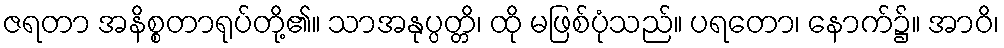
ဇရတာ အနိစ္စတာရုပ်တို့၏။ သာအနုပ္ပတ္တိ၊ ထို မဖြစ်ပုံသည်။ ပရတော၊ နောက်၌။ အာဝိ၊